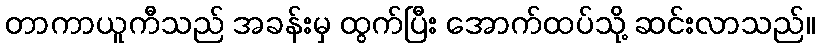
တာကာယူကီသည် အခန်းမှ ထွက်ပြီး အောက်ထပ်သို့ ဆင်းလာသည်။